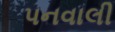
પનવાલી